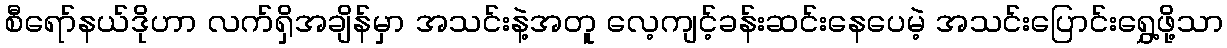
စီရော်နယ်ဒိုဟာ လက်ရှိအချိန်မှာ အသင်းနဲ့အတူ လေ့ကျင့်ခန်းဆင်းနေပေမဲ့ အသင်းပြောင်းရွှေ့ဖို့သာ